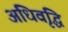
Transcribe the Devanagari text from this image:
अधिवृद्धि